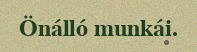
Önálló munkái.